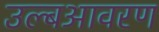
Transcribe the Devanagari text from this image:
उल्बआवरण